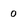
Character: 0